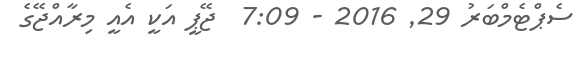
ސެޕްޓެމްބަރު 29